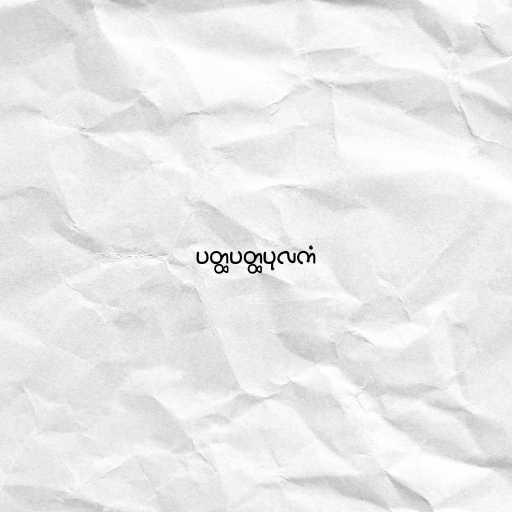
ပတ္ထပတ္ထပုလကံ